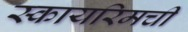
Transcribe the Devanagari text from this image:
स्कायरिमची